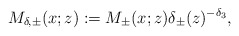
\begin{align*}M_{\delta,\pm }(x;z):=M_{\pm}(x; z) \delta_{\pm}(z)^{-\delta_3},\end{align*}